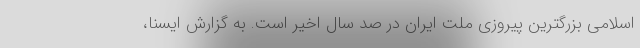
اسلامی بزرگترین پیروزی ملت ایران در صد سال اخیر است. به گزارش ایسنا،